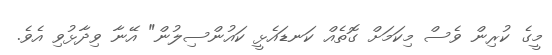
މީގެ ކުރިން ވެސް މިކަމަށް ގޮތެއް ކަނޑައެޅީ ކައުންސިލުން" އޭނާ ވިދާޅުވި އެވެ.